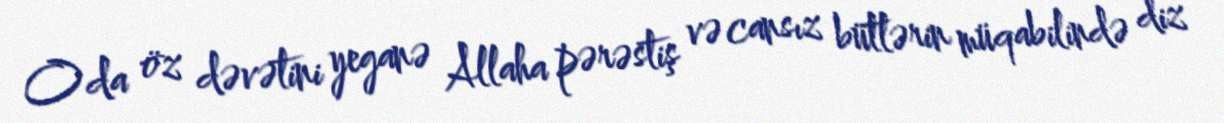
O da öz dəvətini yeganə Allaha pərəstiş və cansız bütlərin müqabilində diz